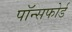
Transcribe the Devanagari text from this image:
पॉन्सफोर्ड